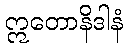
ဣတောနိဒါနံ